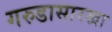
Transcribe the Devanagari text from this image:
गरुडासारखा